Jaan_Tonisson_(Lasteleht), lk 403
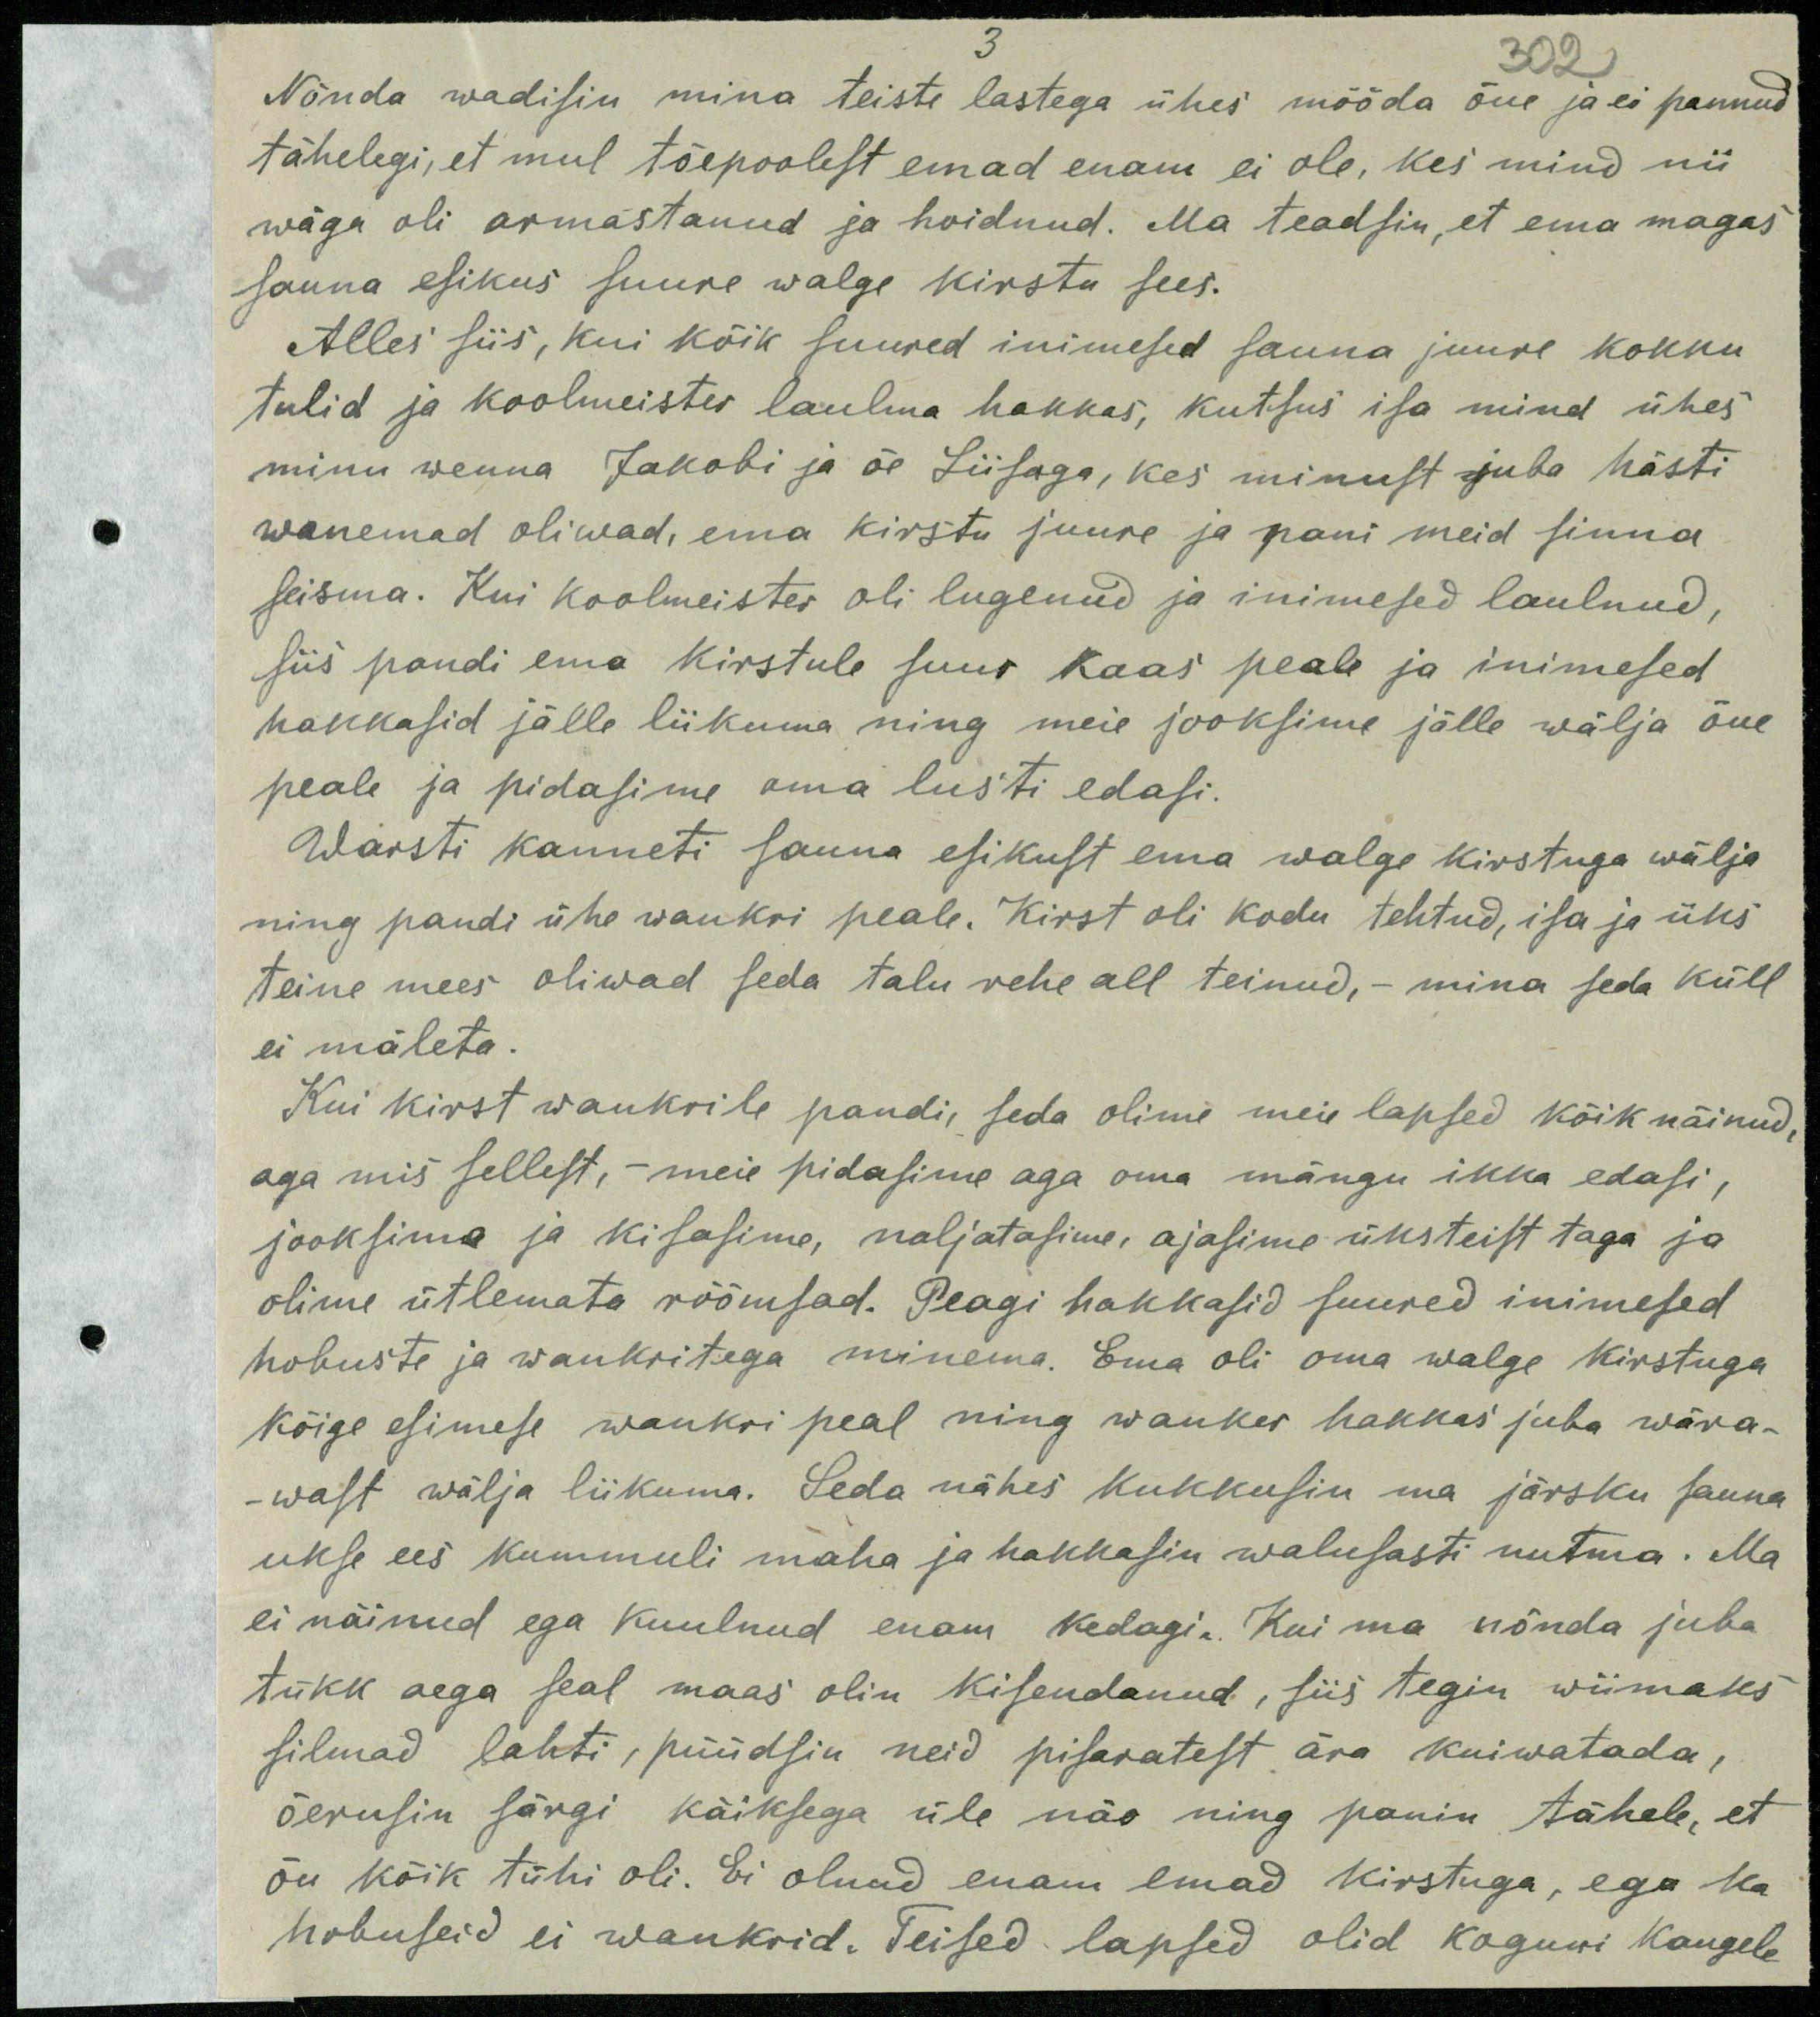
302
Nõnda wadisin mina teiste lastega ühes mööda õue ja ei pannud
tähelegi, et mul tõepoolest emad enam ei ole, kes mind nii
wäga oli armastanud ja hoidnud. Ma teadsin, et ema magas
sauna esikus suure walge kirstu sees.
Alles siis, kui kõik suured inimesed sauna juure kokku
tulid ja koolmeister laulma hakkas, kutsus isa mind ühes
minu wenna Jakobi ja õe Liisaga, kes minust juba hästi
wanemad oliwad, ema kirstu juure ja pani meid sinna
seisma. Kui koolmeister oli lugenud ja inimesed laulnud,
siis pandi ema kirstule suur kaas peale ja inimesed
hakkasid jälle liikuma ning meie jooksime jälle wälja õue
peale ja pidasime oma lusti edasi.
Warsti kanneti sauna esikust ema walge kirstuga wälja
ning pandi ühe wankri peale. Kirst oli kodu tehtud, isa ja üks
teine mees oliwad seda talu rehe all teinud, - mina seda küll
ei mäleta.
Kui kirst wankrile pandi, seda olime meie lapsed kõik näinud,
aga mis sellest, meie pidasime aga oma mängu ikka edasi,
jooksime ja kisasime, naljatasime ajasime üksteist taga ja
olime ütlemata rõõmsad. Peagi hakkasid suured inimesed
hobuste ja wankritega minema. Ema oli oma walge kirstuga
kõige esimese wankri peal ning wanker hakkas juba wära-
wast wälja liikuma. Seda nähes kukkusin ma järsku sauna
ukse ees kummuli maha ja hakkasin walusasti nutma. Ma
ei näinud ega kuulnud enam kedagi. Kui ma nõnda juba
tükk aega seal maas olin kisendanud, siis tegin wiimaks
silmad lahti, püüdsin neid pisaratest ära kuiwatada,
õerusin särgi käiksega üle näo ning panin tähele, et
õu kõik tühi oli. Ei olnud enam emad kirstuga, ega ka
hobuseid ei wankrid. Seised lapsed olid koguni kaugele